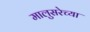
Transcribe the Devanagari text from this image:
मालुसरेच्या